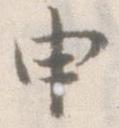
申